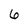
Character: 6